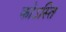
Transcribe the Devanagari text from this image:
कोऽस्ति